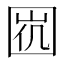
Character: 𡇩